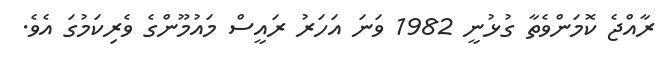
ރާއްޖެ ކޮމަންވެތާ ގުޅުނީ 1982 ވަނަ އަހަރު ރައީސް މައުމޫންގެ ވެރިކަމުގަ އެވެ.